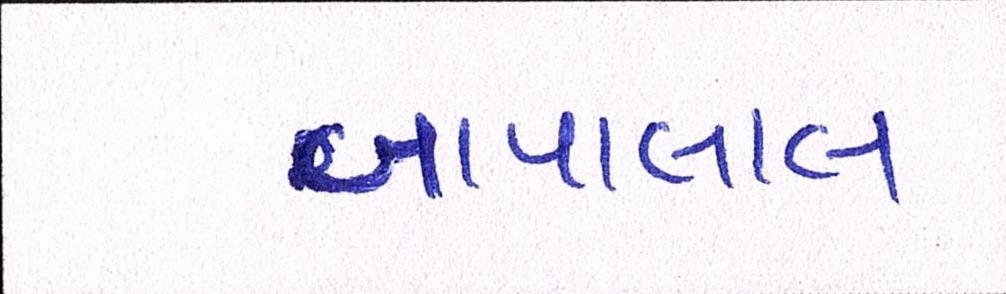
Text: બાપાલાલ